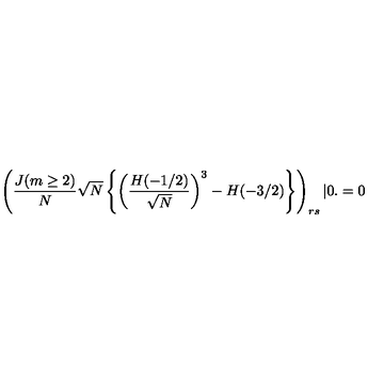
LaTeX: \left( \frac { J ( m \ge 2 ) } { N } \sqrt { N } \left\{ \left( \frac { H ( - 1 / 2 ) } { \sqrt { N } } \right) ^ { 3 } - H ( - 3 / 2 ) \right\} \right) _ { r s } | 0 . = 0